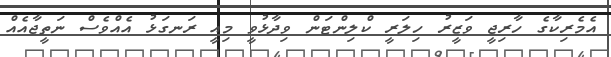
އެމެރިކާގެ ހާރިޖީ ވަޒީރު ހިލަރީ ކްލިންޓަން ވިދާޅުވީ މިއީ ރަނގަޅު އެއްވެސް ނަތީޖާއެއް